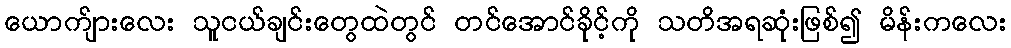
ယောက်ျားလေး သူငယ်ချင်းတွေထဲတွင် တင်အောင်ခိုင့်ကို သတိအရဆုံးဖြစ်၍ မိန်းကလေး